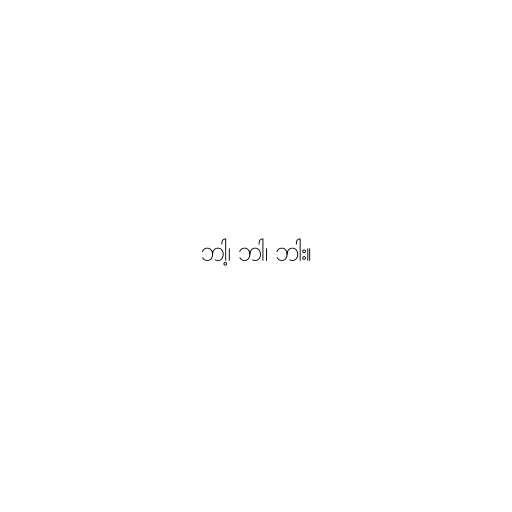
ဘါ့၊ ဘါ၊ ဘါး။